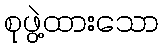
စုဖွဲ့ထားသော